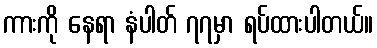
ကားကို နေရာ နံပါတ် ၇၇မှာ ရပ်ထားပါတယ်။